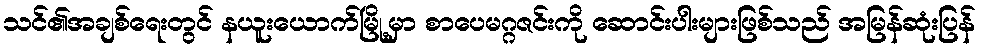
သင်၏အချစ်ရေးတွင် နယူးယောက်မြို့မှာ စာပေမဂ္ဂဇင်းကို ဆောင်းပါးများဖြစ်သည် အမြန်ဆုံးပြန်